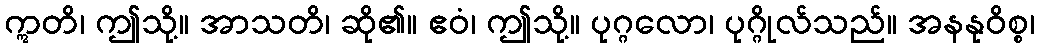
ဣတိ၊ ဤသို့။ အာသတိ၊ ဆို၏။ ဧဝံ၊ ဤသို့။ ပုဂ္ဂလော၊ ပုဂ္ဂိုလ်သည်။ အနနုဝိစ္စ၊